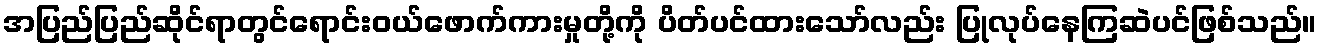
အပြည်ပြည်ဆိုင်ရာတွင်ရောင်းဝယ်ဖောက်ကားမှုတို့ကို ပိတ်ပင်ထားသော်လည်း ပြုလုပ်နေကြဆဲပင်ဖြစ်သည်။